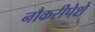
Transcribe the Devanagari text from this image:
नौकरीपेशे